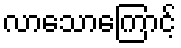
လာသောကြောင့်